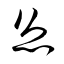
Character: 悤